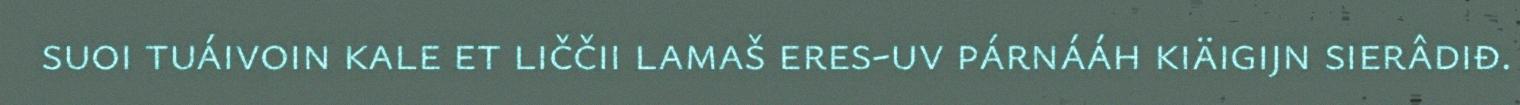
suoi tuáivoin kale et liččii lamaš eres-uv párnááh kiäigijn sierâdiđ.